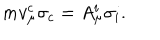
m v _ { \mu } ^ { c } \sigma _ { c } = A _ { \mu } ^ { i } \sigma _ { i } .